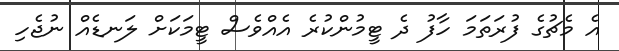
އެ މެޗުގެ ފުރަތަމަ ހާފު ދެ ޓީމުންކުރެ އެއްވެސް ޓީމަކަށް ލަނޑެއް ނުޖެހި